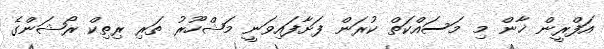
އަފްރީން ޚާން މި މަސައްކަތް ކުރަން ފަށާފައިވަނީ މަޝްހޫރު ތަރި ރިތިކް ރޯޝަންގެ